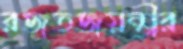
রজতজয়ন্তীর